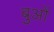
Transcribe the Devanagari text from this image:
बुओं